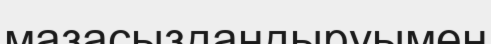
мазасыздандыруымен